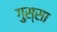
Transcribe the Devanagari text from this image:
गुस्‍सा